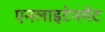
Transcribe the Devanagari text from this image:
एनलाइटेनमेंट